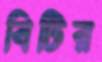
বিটির